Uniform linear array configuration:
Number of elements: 16
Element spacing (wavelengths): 0.75
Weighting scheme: uniform
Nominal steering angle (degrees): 30
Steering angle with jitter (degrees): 29.745
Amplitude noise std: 0.05
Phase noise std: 0.05

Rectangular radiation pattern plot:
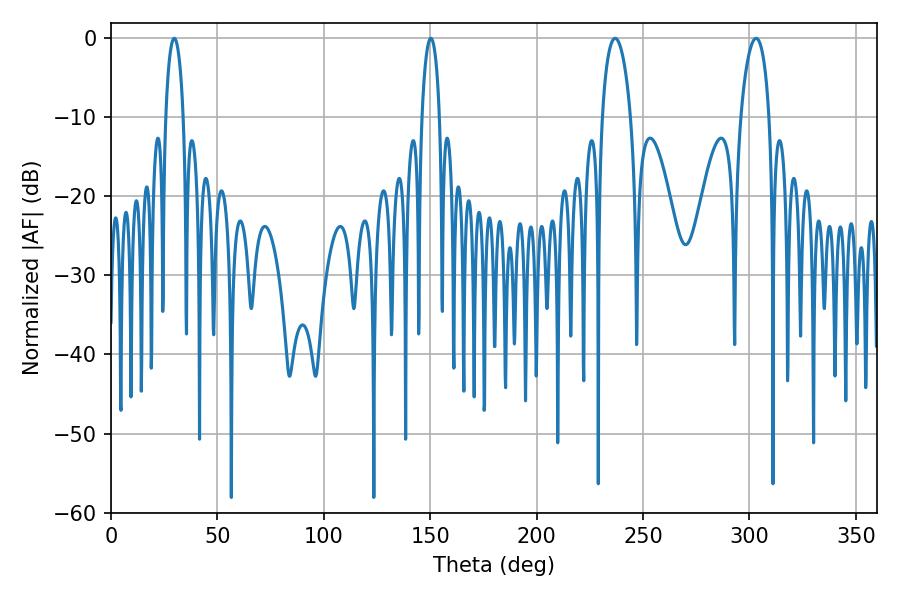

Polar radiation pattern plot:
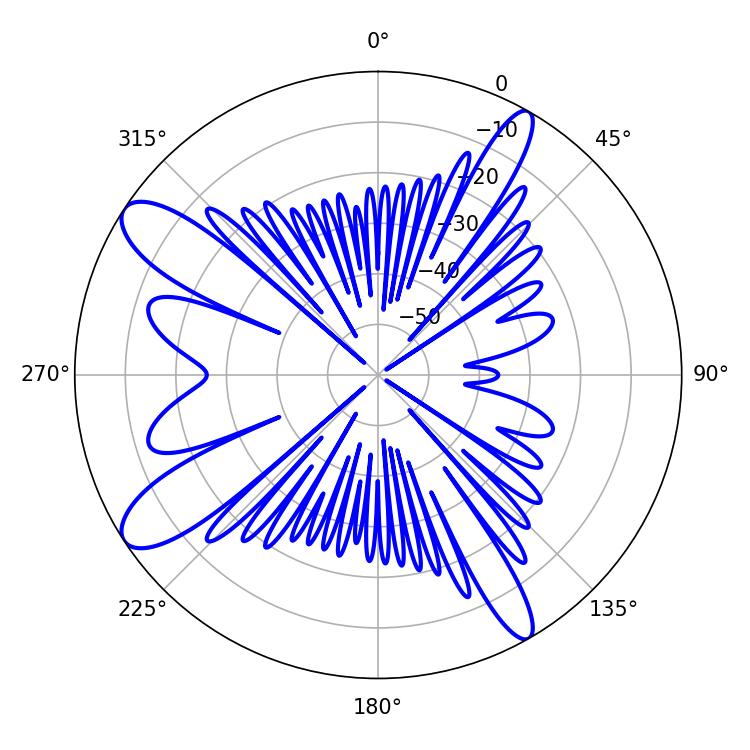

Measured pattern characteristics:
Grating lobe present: TRUE
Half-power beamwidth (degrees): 7.56
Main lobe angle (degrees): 236.88